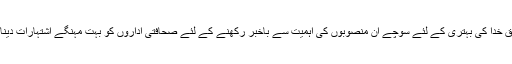
عوام کو خلق خدا کی بہتری کے لئے سوچے ان منصوبوں کی اہمیت سے باخبر رکھنے کے لئے صحافتی اداروں کو بہت مہنگے اشتہارات دینا ہوتے ہیں۔